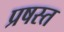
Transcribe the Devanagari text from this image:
प्रषस्त